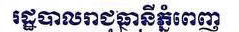
រដ្ឋបាលរាជធានី